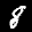
Label: 8